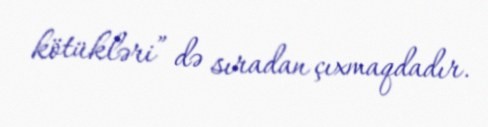
kötükləri” də sıradan çıxmaqdadır.